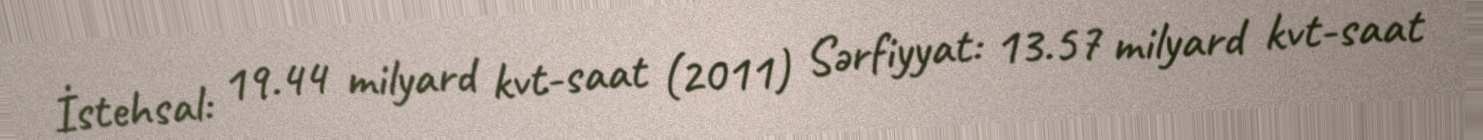
İstehsal: 19.44 milyard kvt-saat (2011) Sərfiyyat: 13.57 milyard kvt-saat